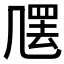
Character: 𠙣